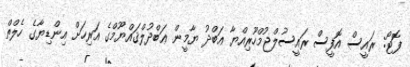
ފޮޓޯ: ރައީސް އޮފީސް ރައީސުލްޖުމްހޫރިއްޔާ ޢަބްދު ޔާމީން ޢަބްދުލްޤައްޔޫމްގެ އަރިހަށް އިންޑިޔާގެ ހެލްތް